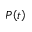
P \! \left( t \right)